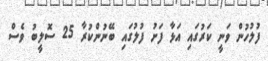
ފުލުހުން ވަނީ ކަރުގައި އަޅާ ފަށު ފުލުގައި ބޭނުންކުރާ 25 ސޮލީބު ވެސް